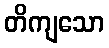
တိကျသော